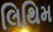
લિથિમ